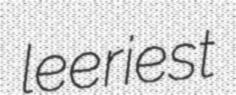
leeriest